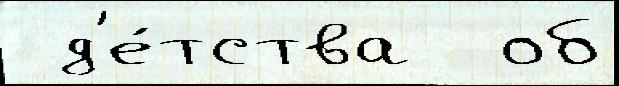
 д'е́тства  об